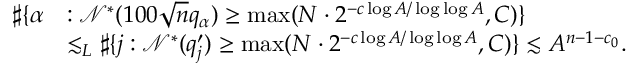
\begin{array} { r l } { \sharp \{ \alpha } & { : \mathcal { N } ^ { * } ( 1 0 0 \sqrt { n } q _ { \alpha } ) \geq \operatorname* { m a x } ( N \cdot 2 ^ { - c \log A / \log \log A } , C ) \} } \\ & { \lesssim _ { L } \sharp \{ j : \mathcal { N } ^ { * } ( q _ { j } ^ { \prime } ) \geq \operatorname* { m a x } ( N \cdot 2 ^ { - c \log A / \log \log A } , C ) \} \lesssim A ^ { n - 1 - c _ { 0 } } . } \end{array}